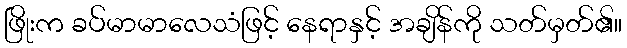
ဖြိုးက ခပ်မာမာလေသံဖြင့် နေရာနှင့် အချိန်ကို သတ်မှတ်၏။